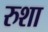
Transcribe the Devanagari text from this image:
रुशा